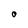
Character: 0